38_143685_box7_Incident_Summaries_1-100
Agency: Department of War
Page 43
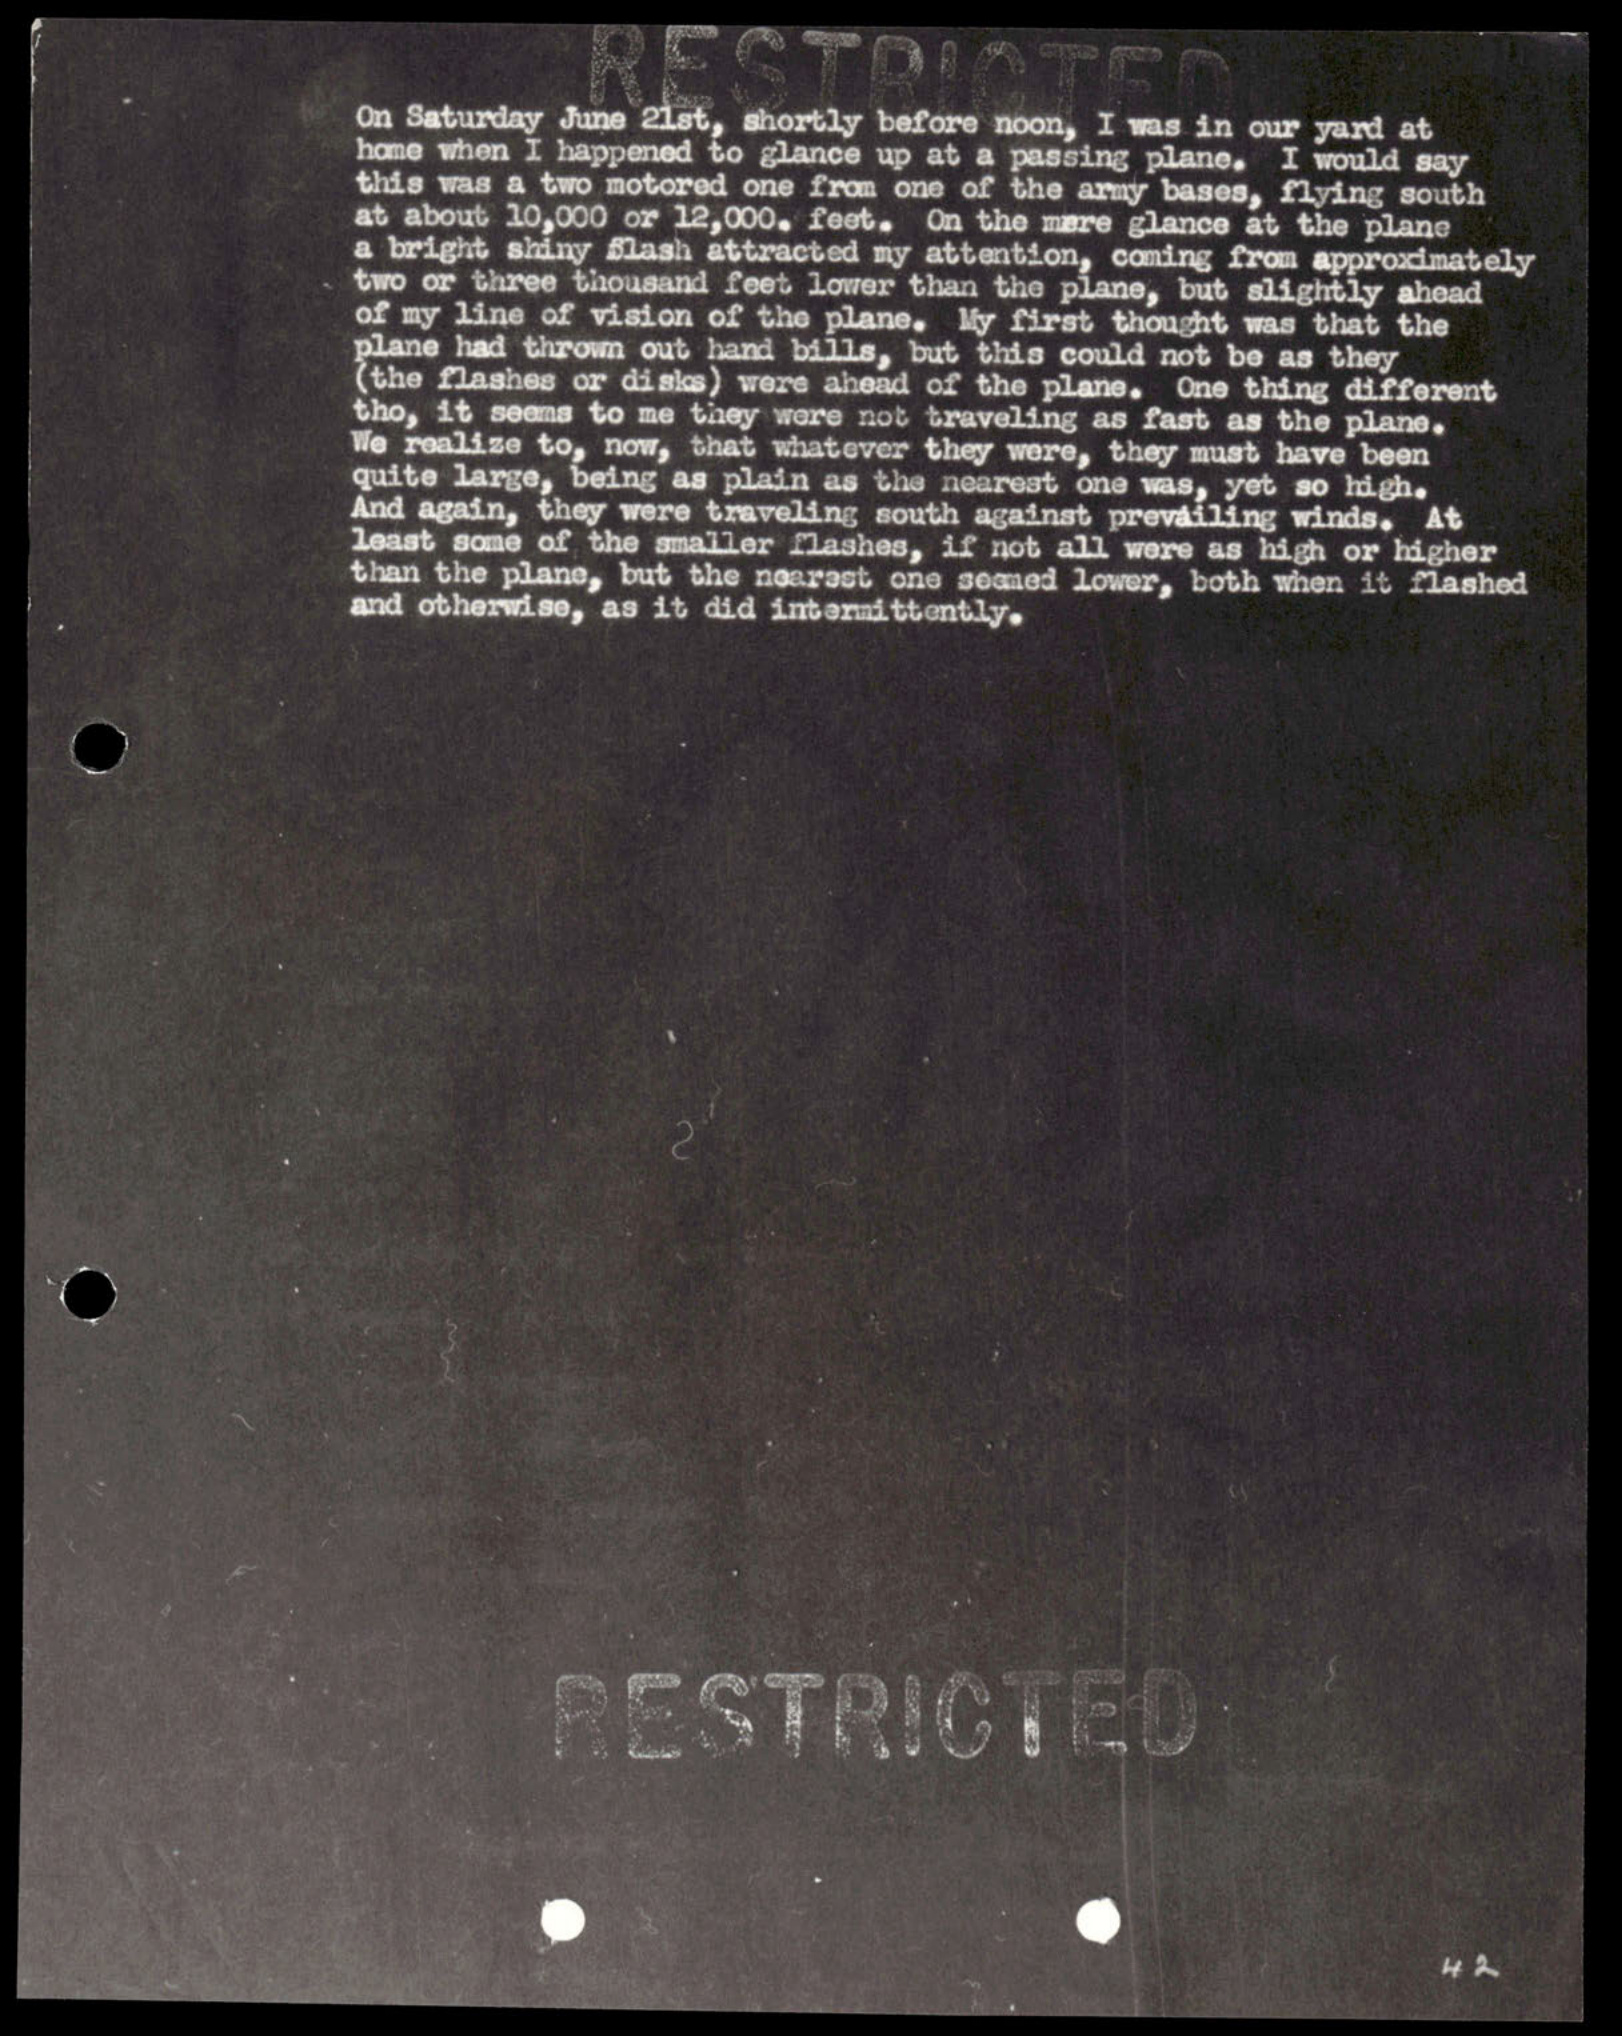